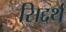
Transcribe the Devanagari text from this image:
सिद्दर्थ